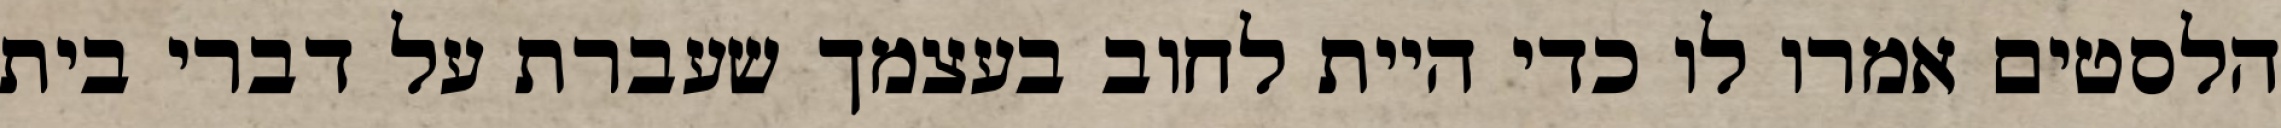
הלסטים אמרו לו כדי היית לחוב בעצמך שעברת על דברי בית